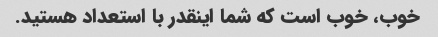
خوب، خوب است که شما اینقدر با استعداد هستید.